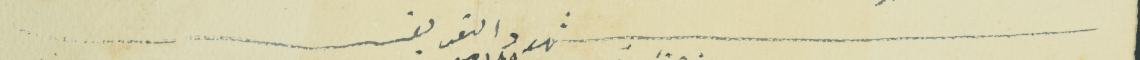
شهود التعريف